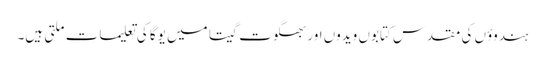
ہندوؤں کی مقدس کتابوں ویدوں اور بھگوت گیتا میں یوگا کی تعلیمات ملتی ہیں۔